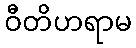
ဝီတိဟရာမ